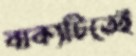
বাক্যটিতেই